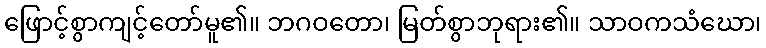
ဖြောင့်စွာကျင့်တော်မူ၏။ ဘဂဝတော၊ မြတ်စွာဘုရား၏။ သာဝကသံဃော၊